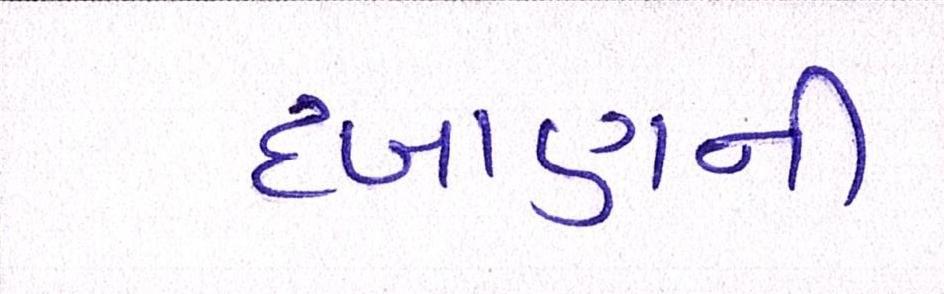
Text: દબાણની